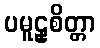
ပမူဠှစိတ္တာ